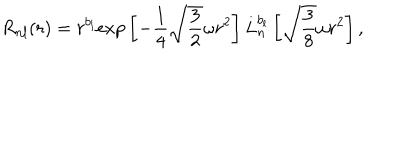
R _ { n l } ( r ) = r ^ { b _ { l } } \mathrm { e x p } \left[ - { \frac { 1 } { 4 } } \sqrt { \frac { 3 } { 2 } } \omega r ^ { 2 } \right] L _ { n } ^ { b _ { l } } \left[ \sqrt { \frac { 3 } { 8 } } \omega r ^ { 2 } \right] ,